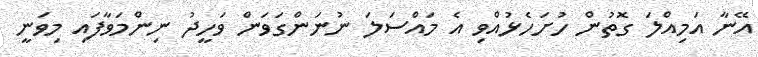
އޭނާ އަމިއްލަ ގޮތުން ހުށަހެޅުއްވި އެ މައްސަލަ ނުނަންގަވަން ވަހީދު ނިންމަވާފައި މިވަނީ